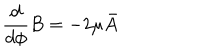
\frac { d } { d \phi } B = - 2 \mu \bar { A }